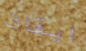
ايقاف